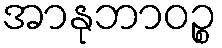
အာနုဘာဝဉ္စ